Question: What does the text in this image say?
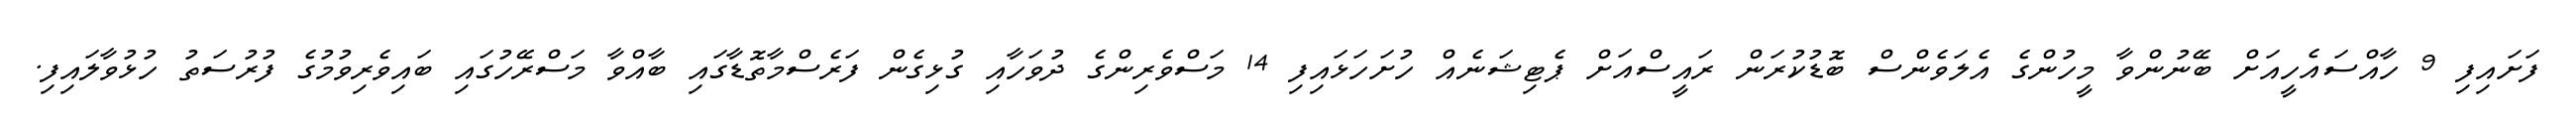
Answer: ފަށައިފި 9 ހާއްސައެހީއަށް ބޭނުންވާ މީހުންގެ އެލަވެންސް ބޮޑުކުރަން ރައީސްއަށް ޕެޓިޝަނެއް ހުށަހަޅައިފި 14 މަސްވެރިންގެ ދުވަހާއި ގުޅިގެން ފަރެސްމާތޮޑާގައި ބާއްވާ މަސްރޭހުގައި ބައިވެރިވުމުގެ ފުރުސަތު ހުޅުވާލައިފި.